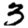
Digit: 3